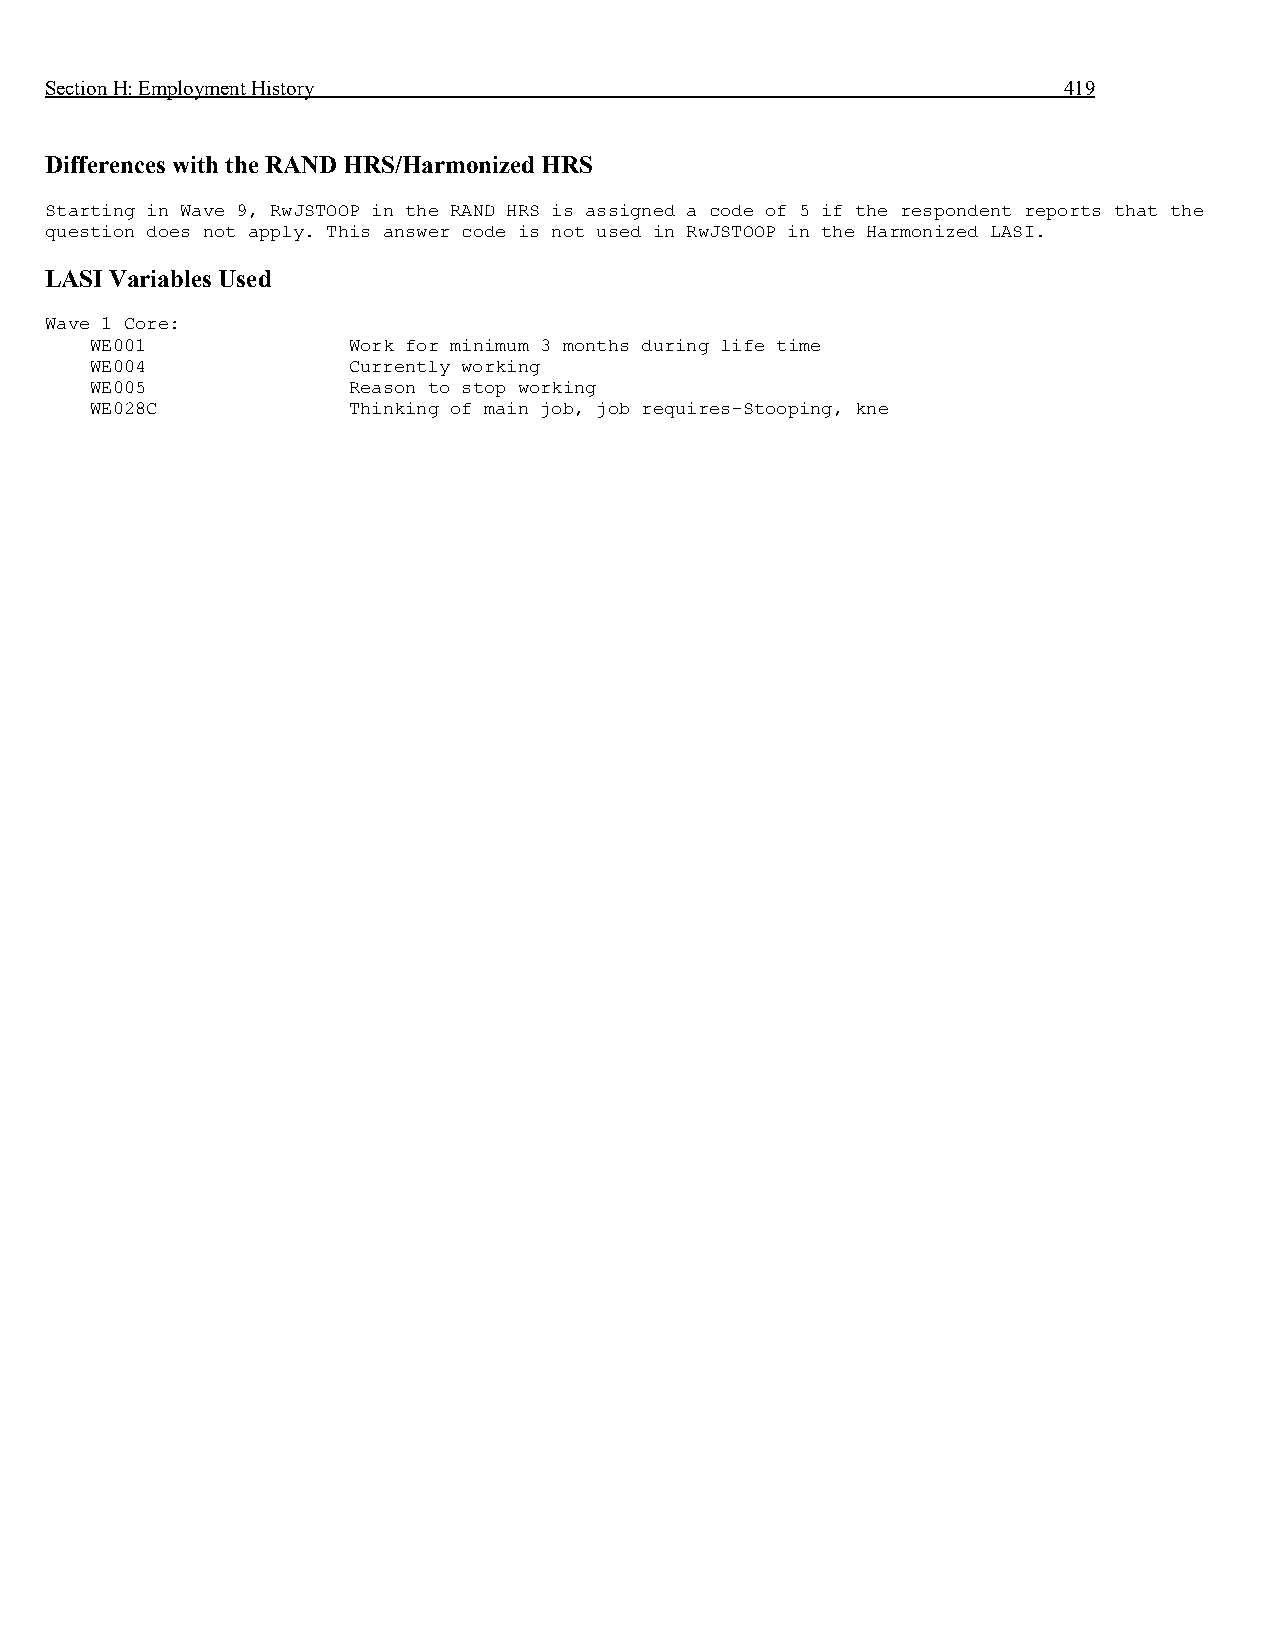
Section H: Employment History                                      419
 Differences with the RAND HRS/Harmonized HRS
 Starting in Wave 9, RwJSTOOP in the RAND HRS is assigned a code of 5 if the respondent reports that the
 question does not apply. This answer code is not used in RwJSTOOP in the Harmonized LASI.
 LASI Variables Used
 Wave 1 Core:
 WE001            Work for minimum 3 months during life time
 WE004            Currently working
 WE005            Reason to stop working
 WE028C           Thinking of main job, job requires-Stooping, kne